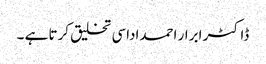
ڈاکٹر ابرار احمداداسی تخلیق کرتا ہے ۔